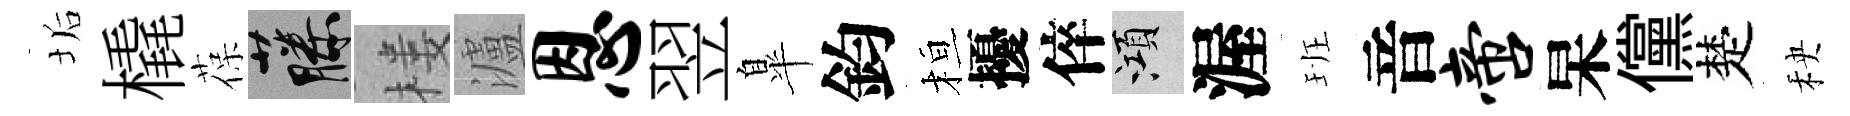
垢橇葆藤楼瀘恩翌臯鈞桓擾倅澒渥班音啻杲儻楚秧